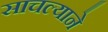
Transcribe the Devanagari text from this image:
साचल्याने